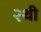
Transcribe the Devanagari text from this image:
२थी